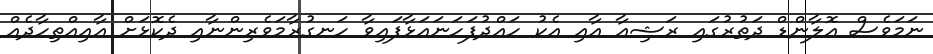
ނަމަވެސް އޮލާންޑް ދަތުރުގައި ރަޝިއާ އާއި އެކު ހައްދުފަހަނައަޅާފައިވާ ހަނގުރާމަވެރިންނާއި ދެކޮޅަށް އާއިއްތިހާދެއް